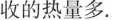
收的热量多.